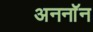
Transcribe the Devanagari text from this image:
अननाॅन